Civil Veterinary Dept. Bombay admin report 1923-31 - 1923-1931
Year: 1923
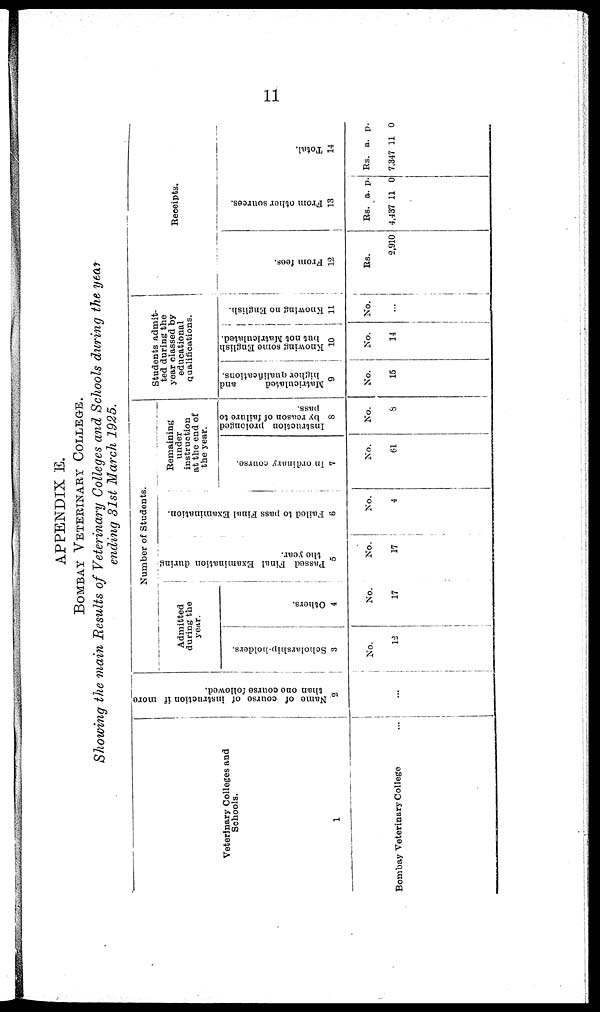
11
APPENDIX E.
BOMBAY VETERINARY COLLEGE.
Showing the main Results of Veterinary Colleges and Schools during the year
ending 31st March 1925.
Veterinary Colleges and
Schools.
1
Bombay Veterinary College ...
Name of course of instruction if more
than one course followed.
2
...
Number of Students
Admitted
during the
year.
Scholarship-holders.
3
No.
12
Others.
4
No.
17
Passed Final Examination during
the year.
5
No.
17
Failed to pass Final Examination.
6
No.
4
Remaining
under
instruction
at the end of
the year.
In ordinary course.
7
No.
61
Instruction prolonged
by reason of failure to
pass.
8
No.
8
Students admit-
ted during the
year classed by
educational
Qualifications.
Matriculated
and
higher Qualifications.
9
No.
15
Knowing some English
but not Matriculated.
10
No.
14
Knowing no English.
11
No.
...
Receipts.
From fees.
12
Rs.
2,910
Fr om ot her s our ces .
13
Rs.
4,437
a.
11
p.
0
Total.
14
Rs.
7,347
a.
11
p.
0